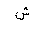
Letter: _shin